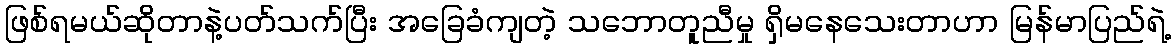
ဖြစ်ရမယ်ဆိုတာနဲ့ပတ်သက်ပြီး အခြေခံကျတဲ့ သဘောတူညီမှု ရှိမနေသေးတာဟာ မြန်မာပြည်ရဲ့